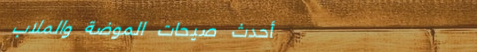
أحدث صيحات الموضة والملاب